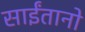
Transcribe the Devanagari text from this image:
साईंतानो